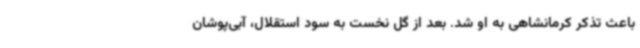
باعث تذکر کرمانشاهی به او شد. بعد از گل نخست به سود استقلال، آبی‌پوشان